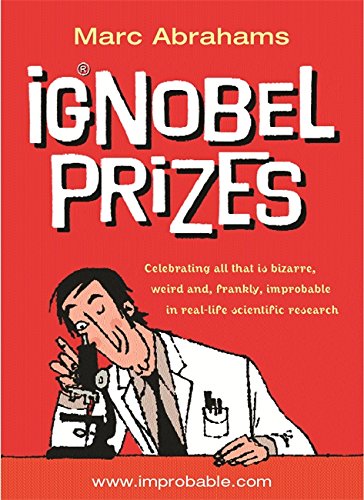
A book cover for The Ig Nobel Prizes; Marc Abrahams; Humor & Entertainment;